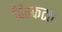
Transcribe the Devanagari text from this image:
विस्कटत